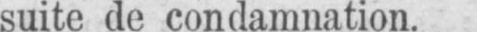
suite de condamnation.